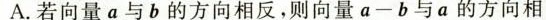
A.若向量a与b的方向相反，则向量a-b与a的方向相